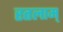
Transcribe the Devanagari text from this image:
रतलाम्